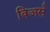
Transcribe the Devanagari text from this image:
विअर्स